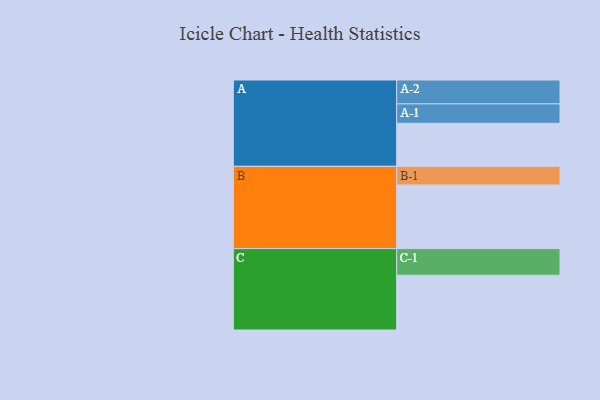
{"axis": {"x": "Segment", "y": "Value"}, "legend": ["", "A", "B", "C"], "data": [{"x": "A", "y": 339, "type": ""}, {"x": "B", "y": 501, "type": ""}, {"x": "C", "y": 431, "type": ""}, {"x": "A-1", "y": 153, "type": "A"}, {"x": "A-2", "y": 188, "type": "A"}, {"x": "B-1", "y": 147, "type": "B"}, {"x": "C-1", "y": 210, "type": "C"}]}